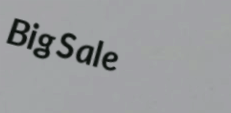
BigSale